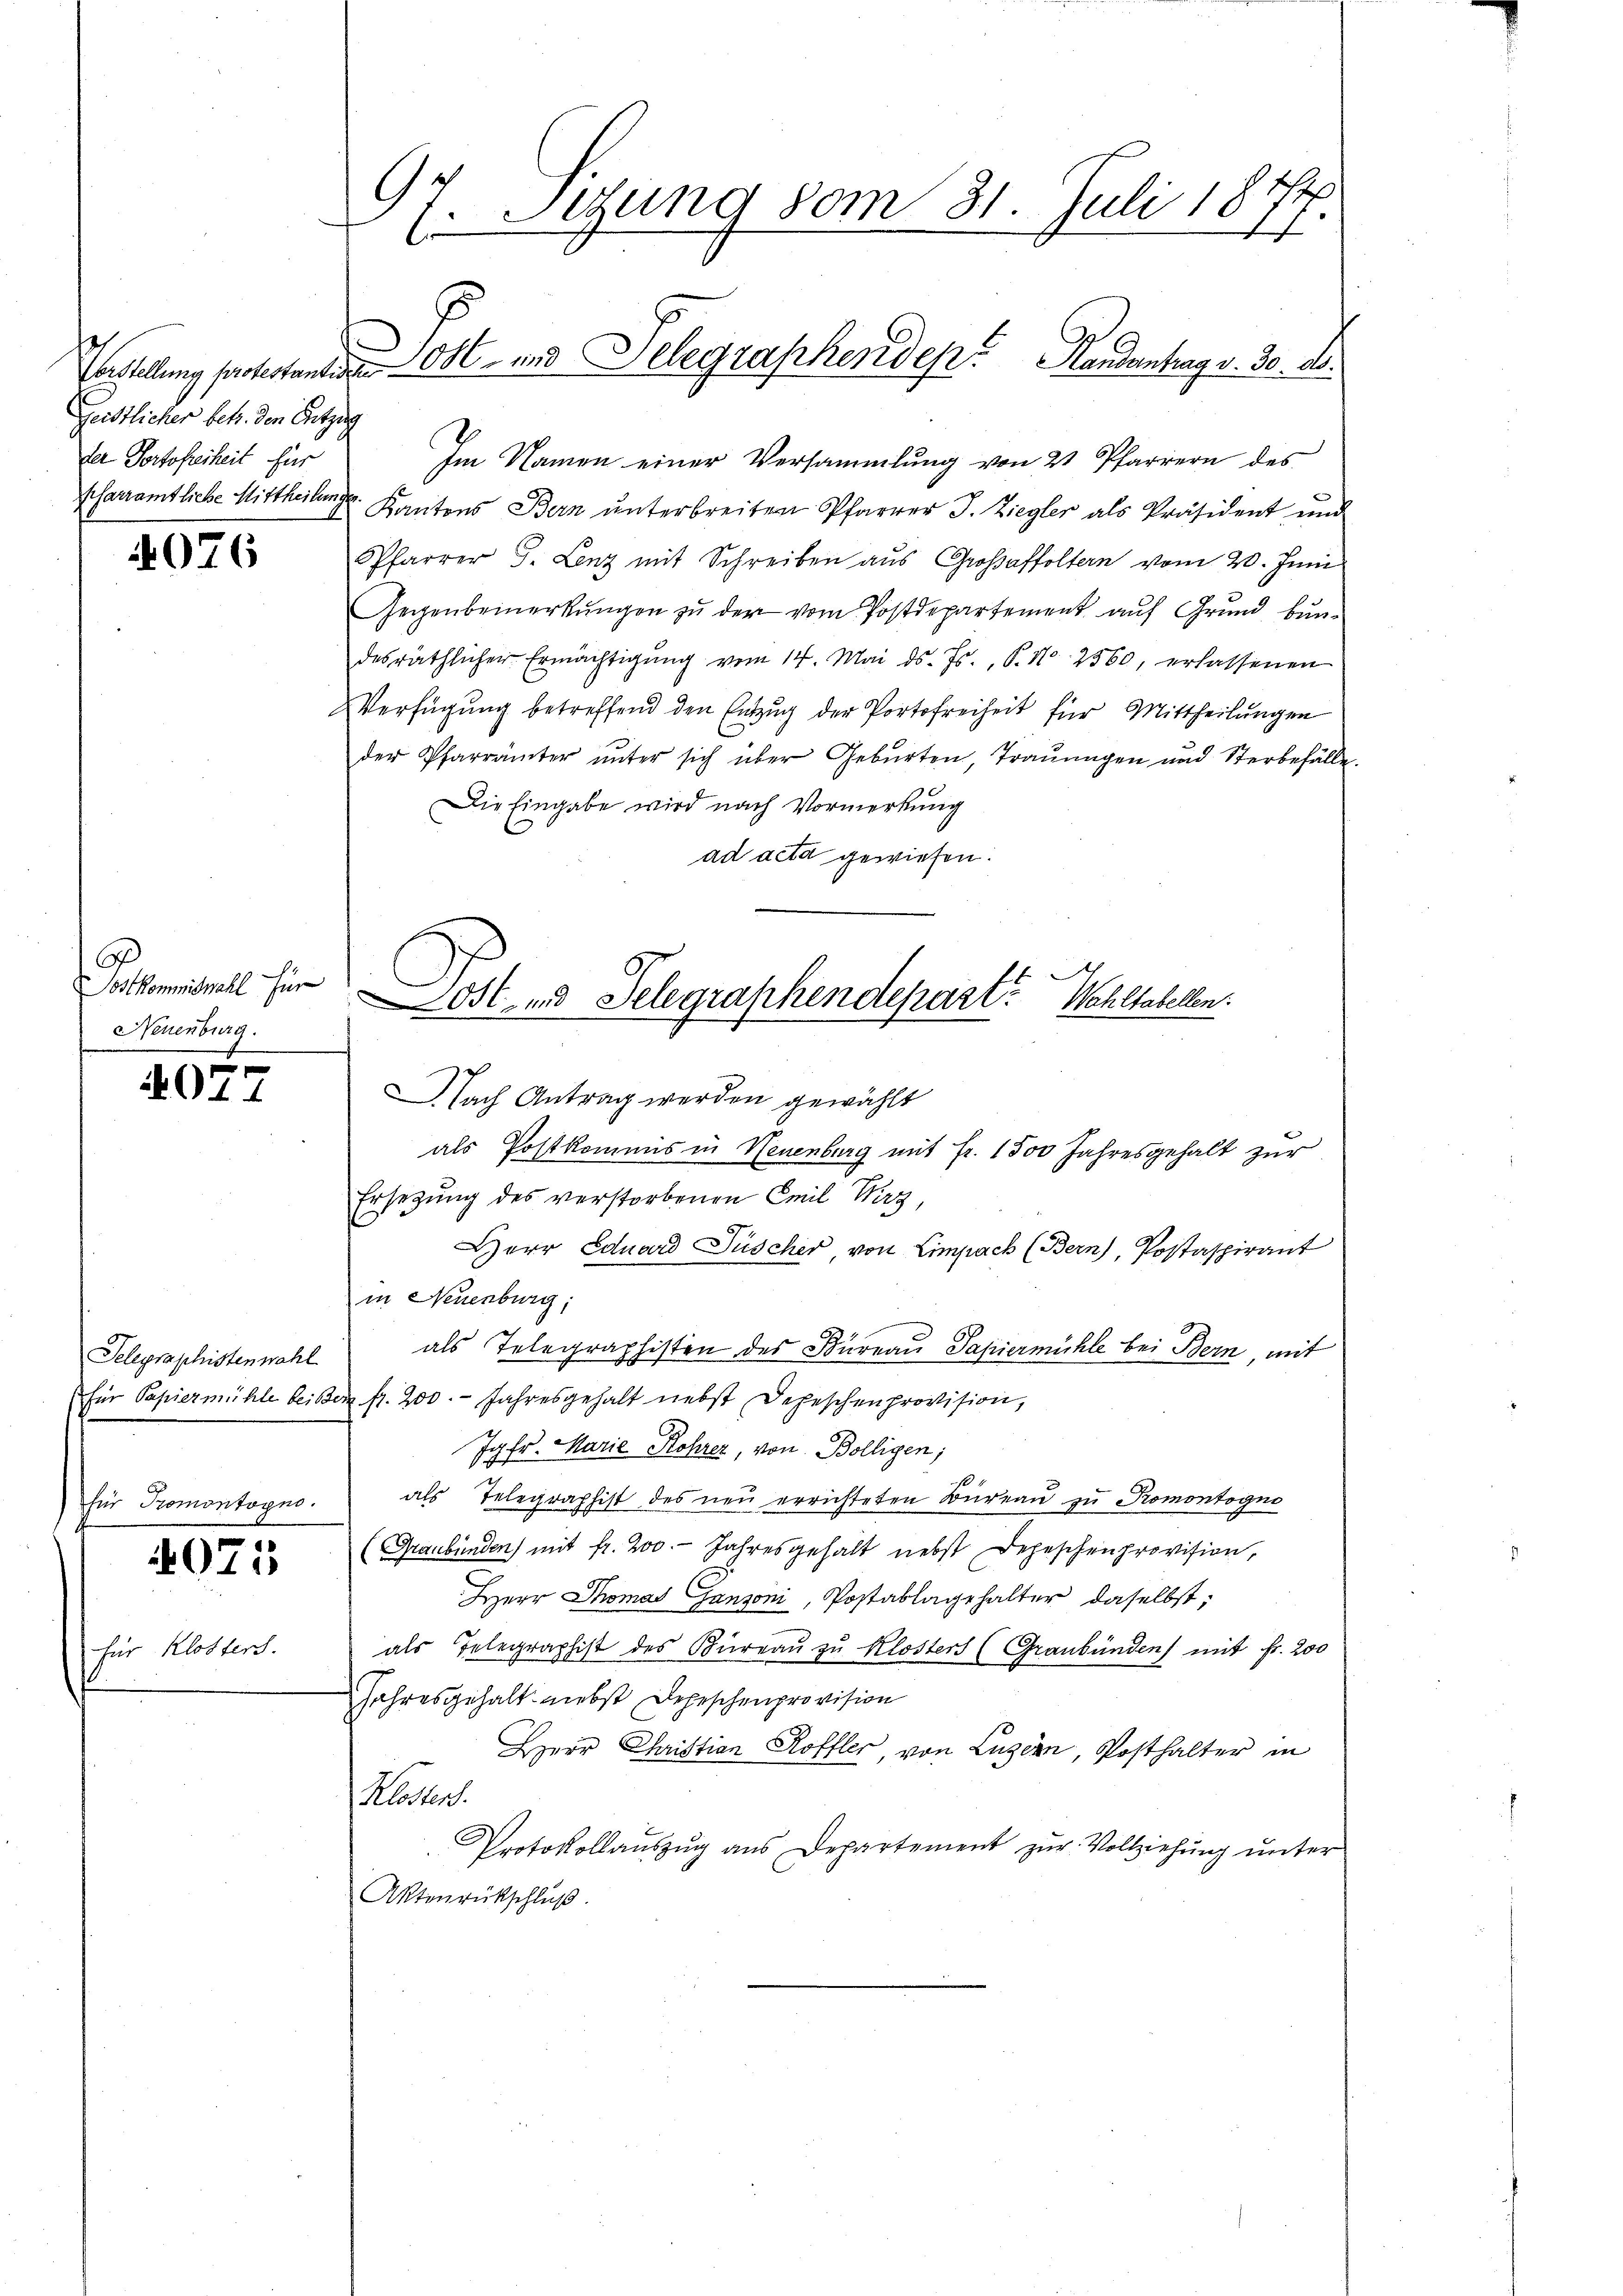
Geistlicher betr. den Entzug
der Portofreiheit für
Pfarramtliche Mittheilung.

4076

6
ostkommiswahl für
Neuenburg.

4077

Telegraphistenwahl
(für Papiermühle bei Befür Promontoyno.

4071

für Klosters.

7. Sitzung vom 31. Juli 1877.
Erstellung sagerten in Ost- und Telegraphendesr. Handenhang v. 30. ds.

Ost- und Telegraphendepart? Wohltabellen.
Nach Antrag werden gewählt

Im Namen einer Versammlung von 2 Pfarrern des
Kantons Bern unterbreiten Pfarrer J. Ziegler als Präsident und
Pfarrer J. Lenz mit Schreiben aus Großaffoltern vom 20. Juni
Gegenbemerkŭngen zu der vom Postdepartement auf Grund bundesräthlicher Ermächtigŭng vom 14. Mai d. Js., P. Nr. 2560, erlassenen
Verfügung betreffend den Entzug der Portofreiheit für Mittheilungen
der Pfarrämter ŭnter sich über Gebŭrten, Trauungen und Sterbefälle.
Die Eingabe wird nach Vormerkung
ad acta gewiesen.
als Postkommis in Neuenburg mit Fr. 1500 Jahresgehalt zur
Ersetzung des verstorbenen Emil Wirz
Herr Eduard Füscher, von Eimpach (Bern), Postaspirant
in Neuenburg;
als Telegraphisten des Bureau Papiermühle bei Bern, mit
fr. 200. - Jahresgehalt nebst Depeschenprovision,
Jgfr. Marie Rohrer, von Bolligen;
als Telegraphist des neu errichteten Büreau zu Romontogno
(Graubünden) mit fr. 200. Jahresgehalt nebst Depeschenprovision,
Herr Thomas Ganzoni, Postablagehalter daselbst;
als Telegraphist des Büreau zu Klosters (Graubünden mit Fr. 200
Jahresgehalt nebst Depeschenprovision
Herr Christian Roffler, von Luzern, Posthalter in
Klosters.
Protokollaŭszŭg ans Departement zŭr Vollziehŭng ŭnter
Aktenrückschluß.